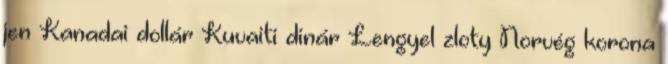
jen Kanadai dollár Kuvaiti dinár Lengyel zloty Norvég korona